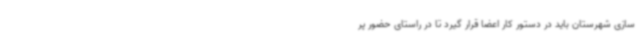
سازی شهرستان باید در دستور کار اعضا قرار گیرد تا در راستای حضور پر